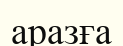
аразға